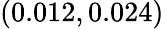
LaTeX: \left(0.012,0.024\right)